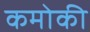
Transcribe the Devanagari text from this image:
कमोकी